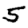
Digit: 5